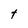
Character: t